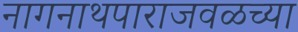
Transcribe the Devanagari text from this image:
नागनाथपाराजवळच्या